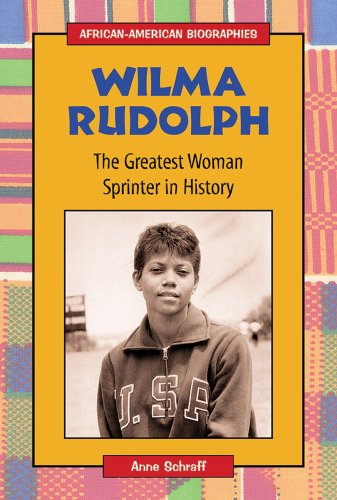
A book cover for Wilma Rudolph: The Greatest Woman Sprinter in History (African-American Biographies (Enslow)); Anne Schraff; Children's Books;